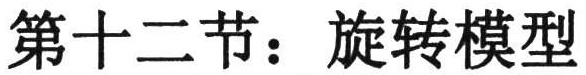
第十二节：旋转模型